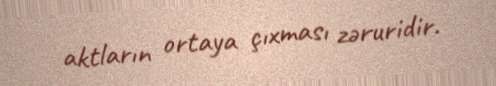
aktların ortaya çıxması zəruridir.